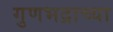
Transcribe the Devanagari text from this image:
गुणभद्राच्या